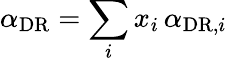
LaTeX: \alpha_{\mathrm{DR}}=\sum_{i}x_{i}\, \alpha_{\mathrm{DR},i}